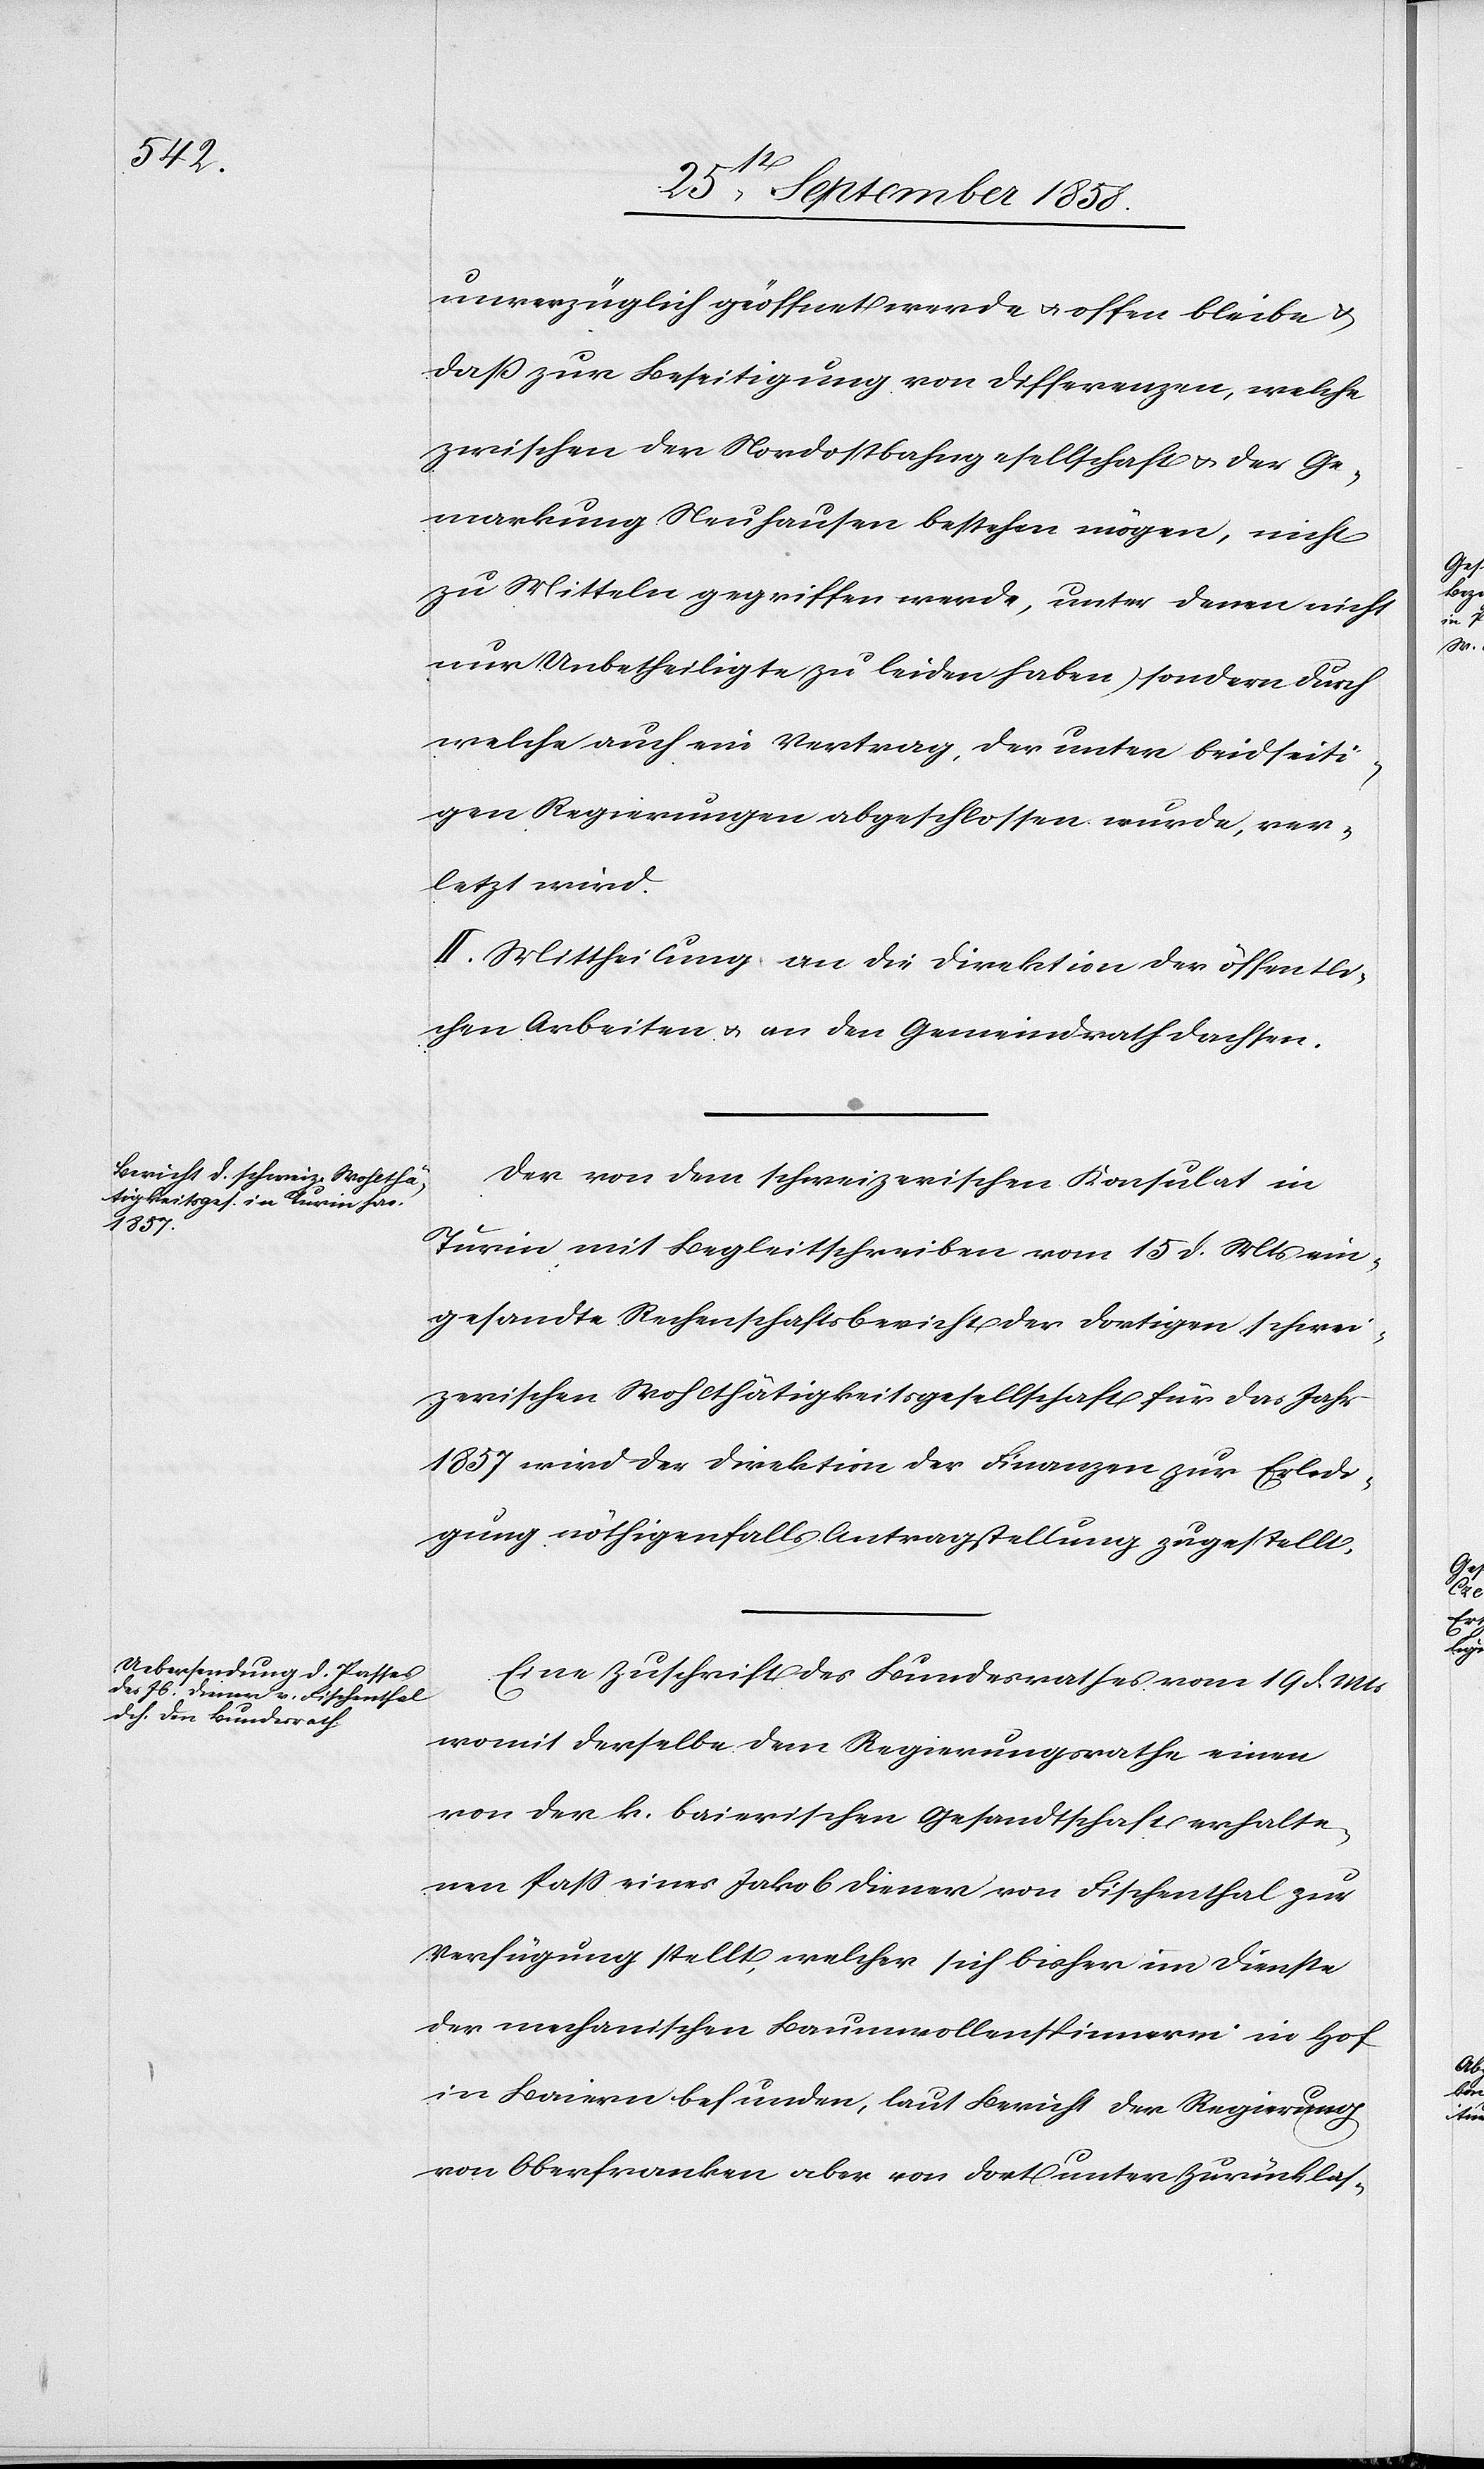
unverzüglich geöffnet werde & offen bleibe &
daß zur Beseitigung von Differenzen, welche
zwischen der Nordostbahngesellschaft & der Ge¬
markung Neuhausen bestehen mögen, nicht
zu Mitteln gegriffen werde, unter denen nicht
nur Unbetheiligte zu leiden haben, sondern durch
welche auch ein Vertrag, der unter beidseiti¬
gen Regierungen abgeschlossen wurde, ver¬
letzt wird.
II. Mittheilung an die Direktion der öffentli¬
chen Arbeiten & an den Gemeindrath Dachsen.
Der von dem schweizerischen Konsulat in
Turin mit Begleitschreiben vom 15 d. Mts ein¬
gesandte Rechenschaftsbericht der dortigen schwei¬
zerischen Wohlthätigkeitsgesellschaft für das Jahr
1857 wird der Direktion der Finanzen zur Erledi¬
gung nöthigenfalls Antragstellung zugestellt.
Eine Zuschrift des Bundesrathes vom 19 d. Mts
womit derselbe dem Regierungsrathe einen
von der k. baierischen Gesandtschaft erhalte¬
nen Pass eines Jakob Diener von Fischenthal zur
Verfügung stellt, welcher sich bisher im Dienste
der mechanischen Baumwollenspinnerei in Hof
in Baiern befunden, laut Bericht der Regierung
von Oberfranken aber von dort unter Zurücklas-